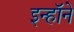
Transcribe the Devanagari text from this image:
इन्हॉने